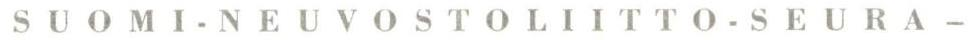
SUOMI-NEUVOSTOLIITTO-SEURA -